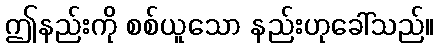
ဤနည်းကို စစ်ယူသော နည်းဟုခေါ်သည်။